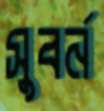
সুবর্ন